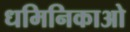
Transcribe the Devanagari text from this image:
धमिनिकाओ